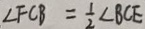
\angle F C B = \frac { 1 } { 2 } \angle B C E